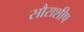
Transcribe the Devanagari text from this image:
सौराशीष